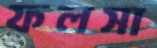
ফলসা